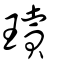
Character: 瓄